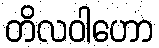
တိလဝါဟော